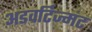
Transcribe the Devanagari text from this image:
अडवर्टिज्मंट